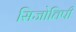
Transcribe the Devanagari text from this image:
सिजोत्तिपी